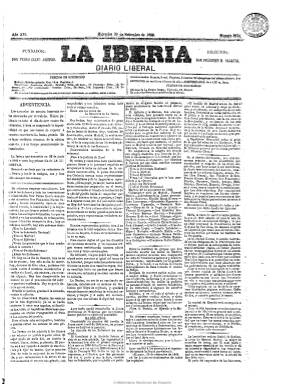
Título: La Iberia (Madrid. 1868)
Colección: Periódicos
Ámbito geográfico: Madrid
Lugar de publicación: Madrid
Fechas: 30/09/1868-14/05/1898

La cabecera del diario liberal progresista fundado en 1854 por Pedro Calvo Asensio (1821-1863), y que había dejado de publicarse en 1866, retoma su antiguo título tras el triunfo de La Gloriosa. Previamente, en los nueve primeros meses de 1868 se había publicado en su sustitución La Nueva Iberia, título que también forma parte de esta Hemeroteca Digital de la BNE. Al reaparecer La Iberia, el 30 de septiembre de 1868, lo hará siguiendo la secuencia y numeración que había dejado interrumpida el 21 de junio de 1866, y con la indicación del nombre -además del de su fundador- de su director, que no era otro que el de Práxedes Mateo Sagasta (1825-1903), quien tras regresar del exilio y ser nombrado ministro del Gobierno provisional presidido por el general Serrano, será sustituido a partir del 22 de octubre por el antiguo redactor y también exdirector del diario: el cordobés Carlos Rubio Colell (1831-1871). En su reaparición había indicado que quedaba excusado decir que “los redactores de la Nueva y los de la antigua, son y han sido siempre los mismos”:

Seguirá siendo un diario de cuatro páginas, compuestas, generalmente, a seis o cinco columnas, que imprimía varias ediciones y que no se publicaba los lunes. Un diario que había renovado el periodismo político, inspirado dos revoluciones –la liberal del 54 y la democrática del 68- como órgano oficioso del Partido Progresista y era redactado con estilo ágil y calidad literaria por brillantes periodistas y escritores, muchos de los cuales obtendrían actas parlamentarias o altos cargos de la Administración. El caso paradigmático es el del propio Sagasta, quien tras el magnicidio del general Prim (1870), asumirá su liderato a través, primero, del Partido Radical y, seguidamente, del Partido Constitucional, siendo en dos ocasiones presidente del Consejo de Ministros, la primera durante el reinado de Amadeo de Saboya (1871-1872) y la segunda en los tres meses previos al golpe de Martínez Campos (1874), y, desde la fundación del fusionista Partido Liberal en 1880, en cinco mandatos durante el turno de partidos de la Restauración.

Durante este periodo sus secciones más importantes serán la del artículo de fondo o doctrinal (editorial), sus crónicas parlamentarias y, especialmente, su amplia revista de prensa dedicada a atacar la prensa conservadora, carlista y republicana. Tendrá, asimismo, secciones de noticias, política extranjera, oficial, telegramas, gacetillas, espectáculos, tribunales, religiosa, meteorología, cotizaciones de bolsa, últimas noticias, folletín y, en su última plana, anuncios comerciales.

Entre sus redactores y colaboradores se encontraron Juan de la Rosa González (1820-1886), Concepción Arenal (1820-1893), Ángel Fernández de los Ríos (1821-1880), Servando Ruiz Gómez (1821-1888), Eugenio Montero Ríos (1832-1914), Gaspar Núñez de Arce (1834-1903), Eugenio Sellés (1842-1926); los hermanos Manuel (1835-1911) y Félix González Llana (1850-1921), como cronista político y crítico teatral, respectivamente, así como José Ortega Munilla (1856-1922), entre otros.

Se ha indicado que este diario con el tiempo terminó por identificarse de tal forma con la personalidad de quien había sido su director, Práxedes Mateo Sagasta, “que se convirtió en su permanente órgano de prensa”. Entre 1876 y 1883 estará dirigido por un sobrino del propio Sagasta, Tirso Rodrigáñez Sagasta (1853-1935), que llegará a ser ministro de Hacienda tanto con su tío como con Canalejas. De 1884 a 1886 lo dirigirá el dramaturgo cómico Emilio Sánchez Pastor (1853-1935), que anteriormente había sido cronista parlamentario del diario. Y probablemente José Sánchez Guerra (1859-1935) lo dirigiera también antes de que el 11 de octubre 1886 adquiriese su propiedad y asumiera la dirección Manuel Martínez Aguiar (-1942), que ubicó su redacción en un nuevo edificio e intentó, fructuosamente, hacer de este un periódico al estilo norteamericano. Superado por otros grandes diarios madrileños, La Iberia desaparece en plena guerra colonial, siendo la última entrega de su colección la correspondiente al 14 de mayo de 1898, tras cuarenta y cinco años en publicación.